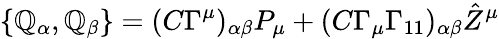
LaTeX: \{ \mathbb{Q}_{\alpha},\mathbb{Q}_{\beta}\} =(C\Gamma^{\mu})_{\alpha\beta}P_{\mu}+(C\Gamma_{\mu}\Gamma_{11})_{\alpha\beta}{\hat{{Z}}}^{\mu}